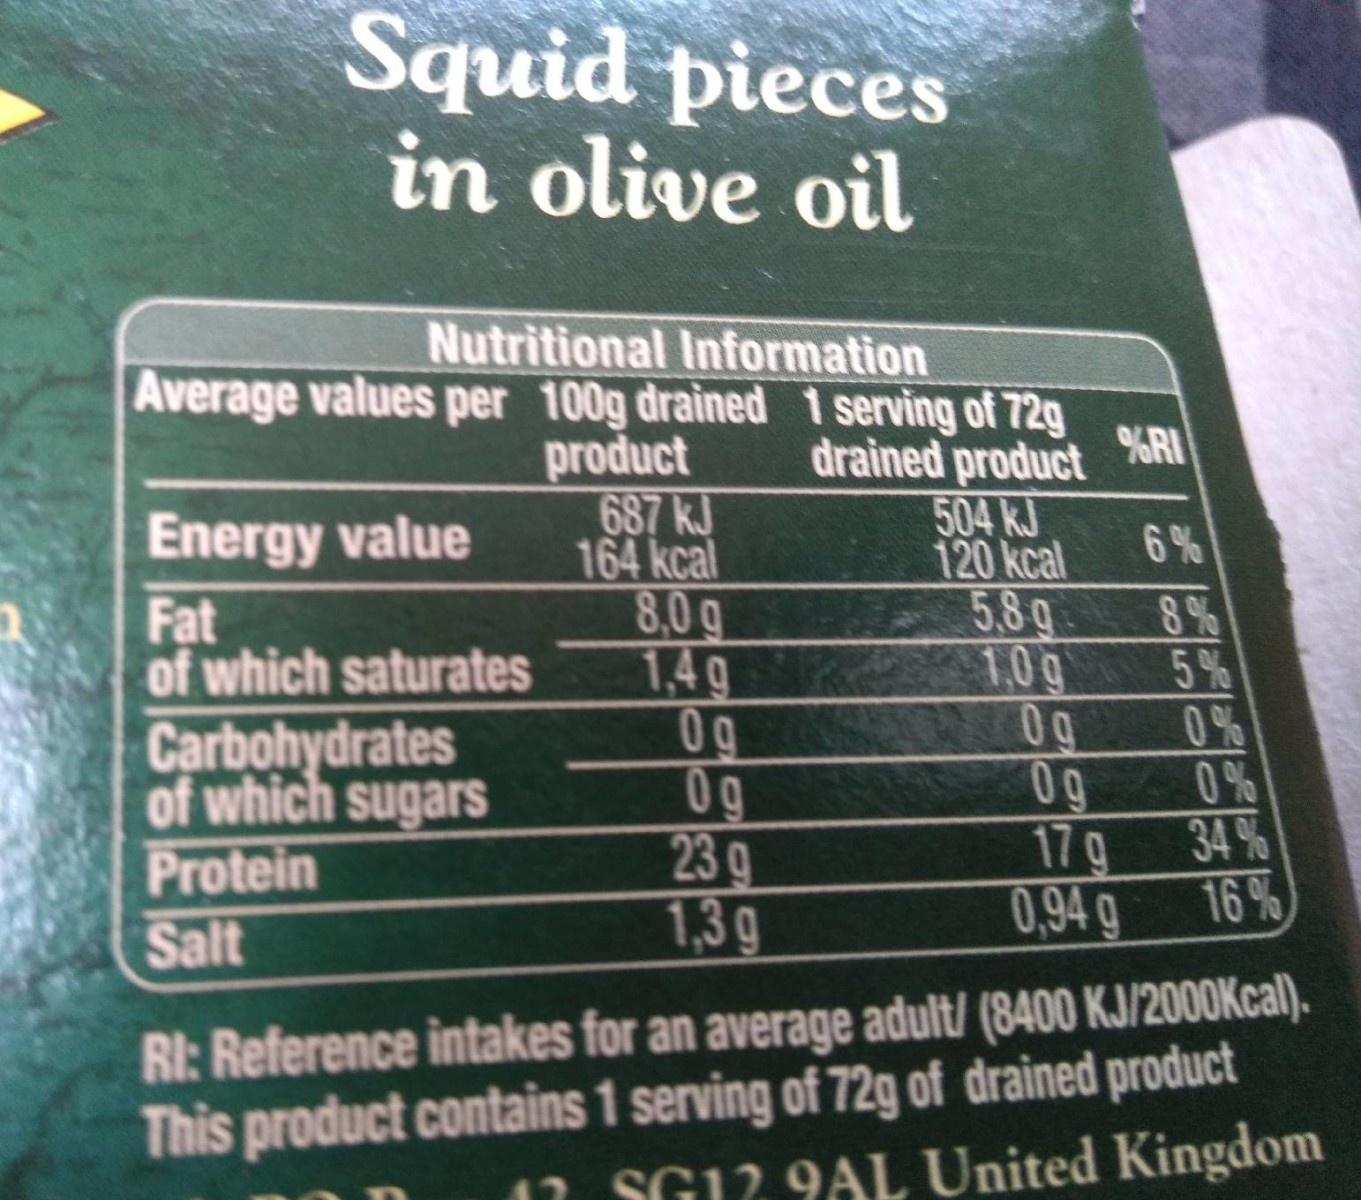
Squid pieces in olive oil
Nutritional Information Average values per 100g drained 1 serving of 72g drained product
%RI
product 687 kJ 164 kcal 8,0g 1,4g 0g 0g 23g 1,3g
504 kJ
Energy value Fat of which saturates Carbohydrates of which sugars Protein Salt
120 kcal
6%
58g
8 %
1.0g 0g 0g 17g 0,94 g
5 %
0 % 0 % 34 % 16%
RI: Reference intakes for an average adult/ (8400 KJ/2000Kcal). This product contains 1 serving of 72g of drained product SG12 9AL United Kingdom